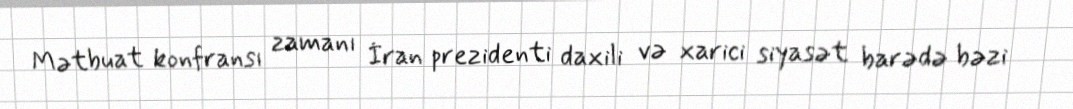
Mətbuat konfransı zamanı İran prezidenti daxili və xarici siyasət barədə bəzi